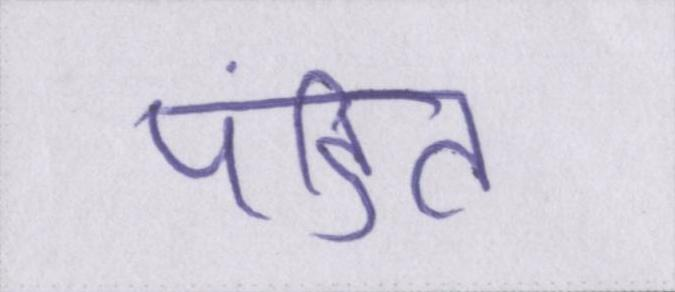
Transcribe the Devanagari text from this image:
पंडित